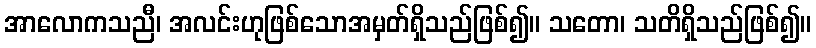
အာလောကသညီ၊ အလင်းဟုဖြစ်သောအမှတ်ရှိသည်ဖြစ်၍။ သတော၊ သတိရှိသည်ဖြစ်၍။